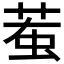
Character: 𧊝